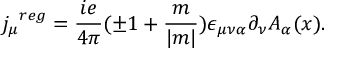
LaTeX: { j _ { \mu } } ^ { r e g } = \frac { i e } { 4 \pi } ( \pm 1 + \frac { m } { | m | } ) \epsilon _ { \mu \nu \alpha } \partial _ { \nu } A _ { \alpha } ( x ) .